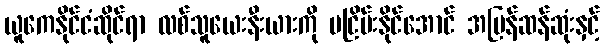
ယူကေနိုင်ငံဆိုင်ရာ လစ်သူယေးနီးယားကို မငြိမ်းနိုင်အောင် အမြန်ဆန်ဆုံးနှင့်